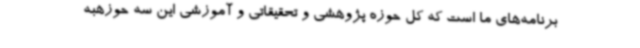
برنامه‌های ما است که کل حوزه پژوهشی و تحقیقاتی و آموزشی این سه حوزهبه